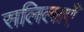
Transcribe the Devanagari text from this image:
सलिलाएँ